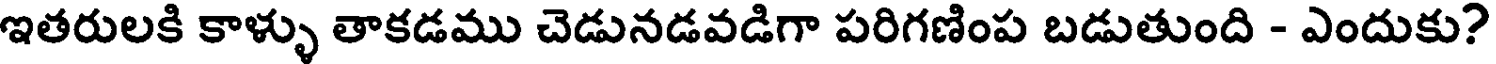
ఇతరులకి కాళ్ళు తాకడము చెడునడవడిగా పరిగణింప బడుతుంది - ఎందుకు?